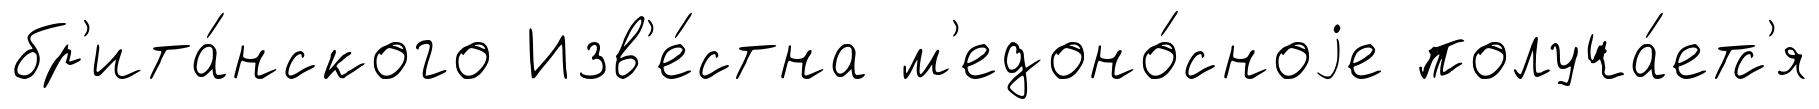
бр'ита́нского Изв'е́стна м'едоно́сноjе получа́етс'я